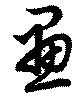
画